Leaving Certificate Examination, 1914
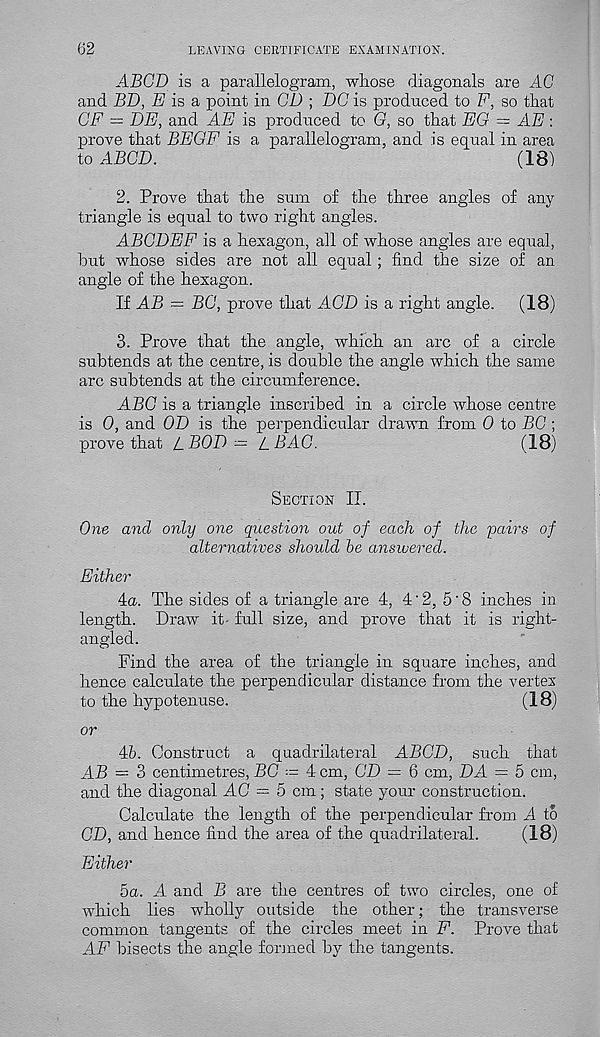
62
LEAVING CERTIFICATE EXAMINATION.
ABCD is a parallelogram, whose diagonals are AC
and BD, E is a point in CD ; DC is produced to F, so that
CF = DE, and AE is produced to G, so that EG = AE :
prove that BEGF is a parallelogram, and is equal in area
to ABCD.
(18)
2. Prove that the sum of the three angles of any
triangle is equal to two right angles.
ABCDEF is a hexagon, all of whose angles are equal,
hut whose sides are not all equal; find the size of an
angle of the hexagon.
If AB = BC, prove that ACD is a right angle.
(18)
3. Prove that the angle, which an arc of a circle
subtends at the centre, is double the angle which the same
arc subtends at the circumference.
ABC is a triangle inscribed in a circle whose centre
is 0, and OD is the perpendicular drawn from 0 to BC ;
prove that LBOD = LBAC.
(18)
Section II.
One and only one question out of each of the pairs of
alternatives should be answered.
Either
4a. The sides of a triangle are 4, 4'2, 5'8 inches in
length. Draw it- full size, and prove that it is right-
angled.
Find the area of the triangle in square inches, and
hence calculate the perpendicular distance from the vertex
to the hypotenuse.
(18)
or
4b. Construct a quadrilateral ABCD, such that
AB = 3 centimetres, BC — 4 cm, CD = 6 cm, DA = 5 cm,
and the diagonal AC — 5 cm; state your construction.
Calculate the length of the perpendicular from A to
CD, and hence find the area of the quadrilateral.
(18)
Either
5a. A and B are the centres of two circles, one of
which lies wholly outside the other; the transverse
common tangents of the circles meet in F. Prove that
AF bisects the angle formed by the tangents.